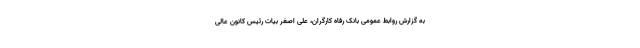
به گزارش روابط عمومی بانک رفاه کارگران، علی اصغر بیات رئیس کانون عالی